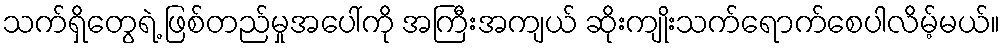
သက်ရှိတွေရဲ့ ဖြစ်တည်မှုအပေါ်ကို အကြီးအကျယ် ဆိုးကျိုးသက်ရောက်စေပါလိမ့်မယ်။